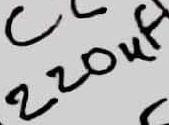
Text: 220µF